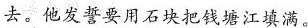
去。他发誓要用石块把钱塘江填满。